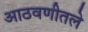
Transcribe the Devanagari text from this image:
आठवणीतले